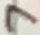
Text: 7